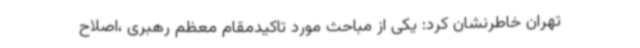
تهران خاطرنشان کرد: یکی از مباحث مورد تاکیدمقام معظم رهبری ،اصلاح